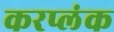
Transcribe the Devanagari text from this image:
करप्लंक